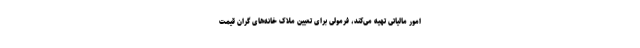
امور مالیاتی تهیه می‌کند، فرمولی برای تعیین ملاک خانه‌های گران قیمت